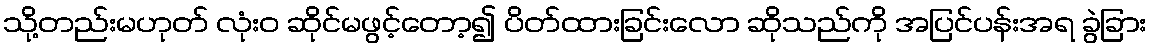
သို့တည်းမဟုတ် လုံးဝ ဆိုင်မဖွင့်တော့၍ ပိတ်ထားခြင်းလော ဆိုသည်ကို အပြင်ပန်းအရ ခွဲခြား